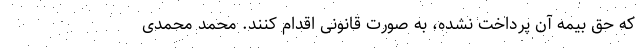
که حق بیمه آن پرداخت نشده، به صورت قانونی اقدام کنند. محمد محمدی